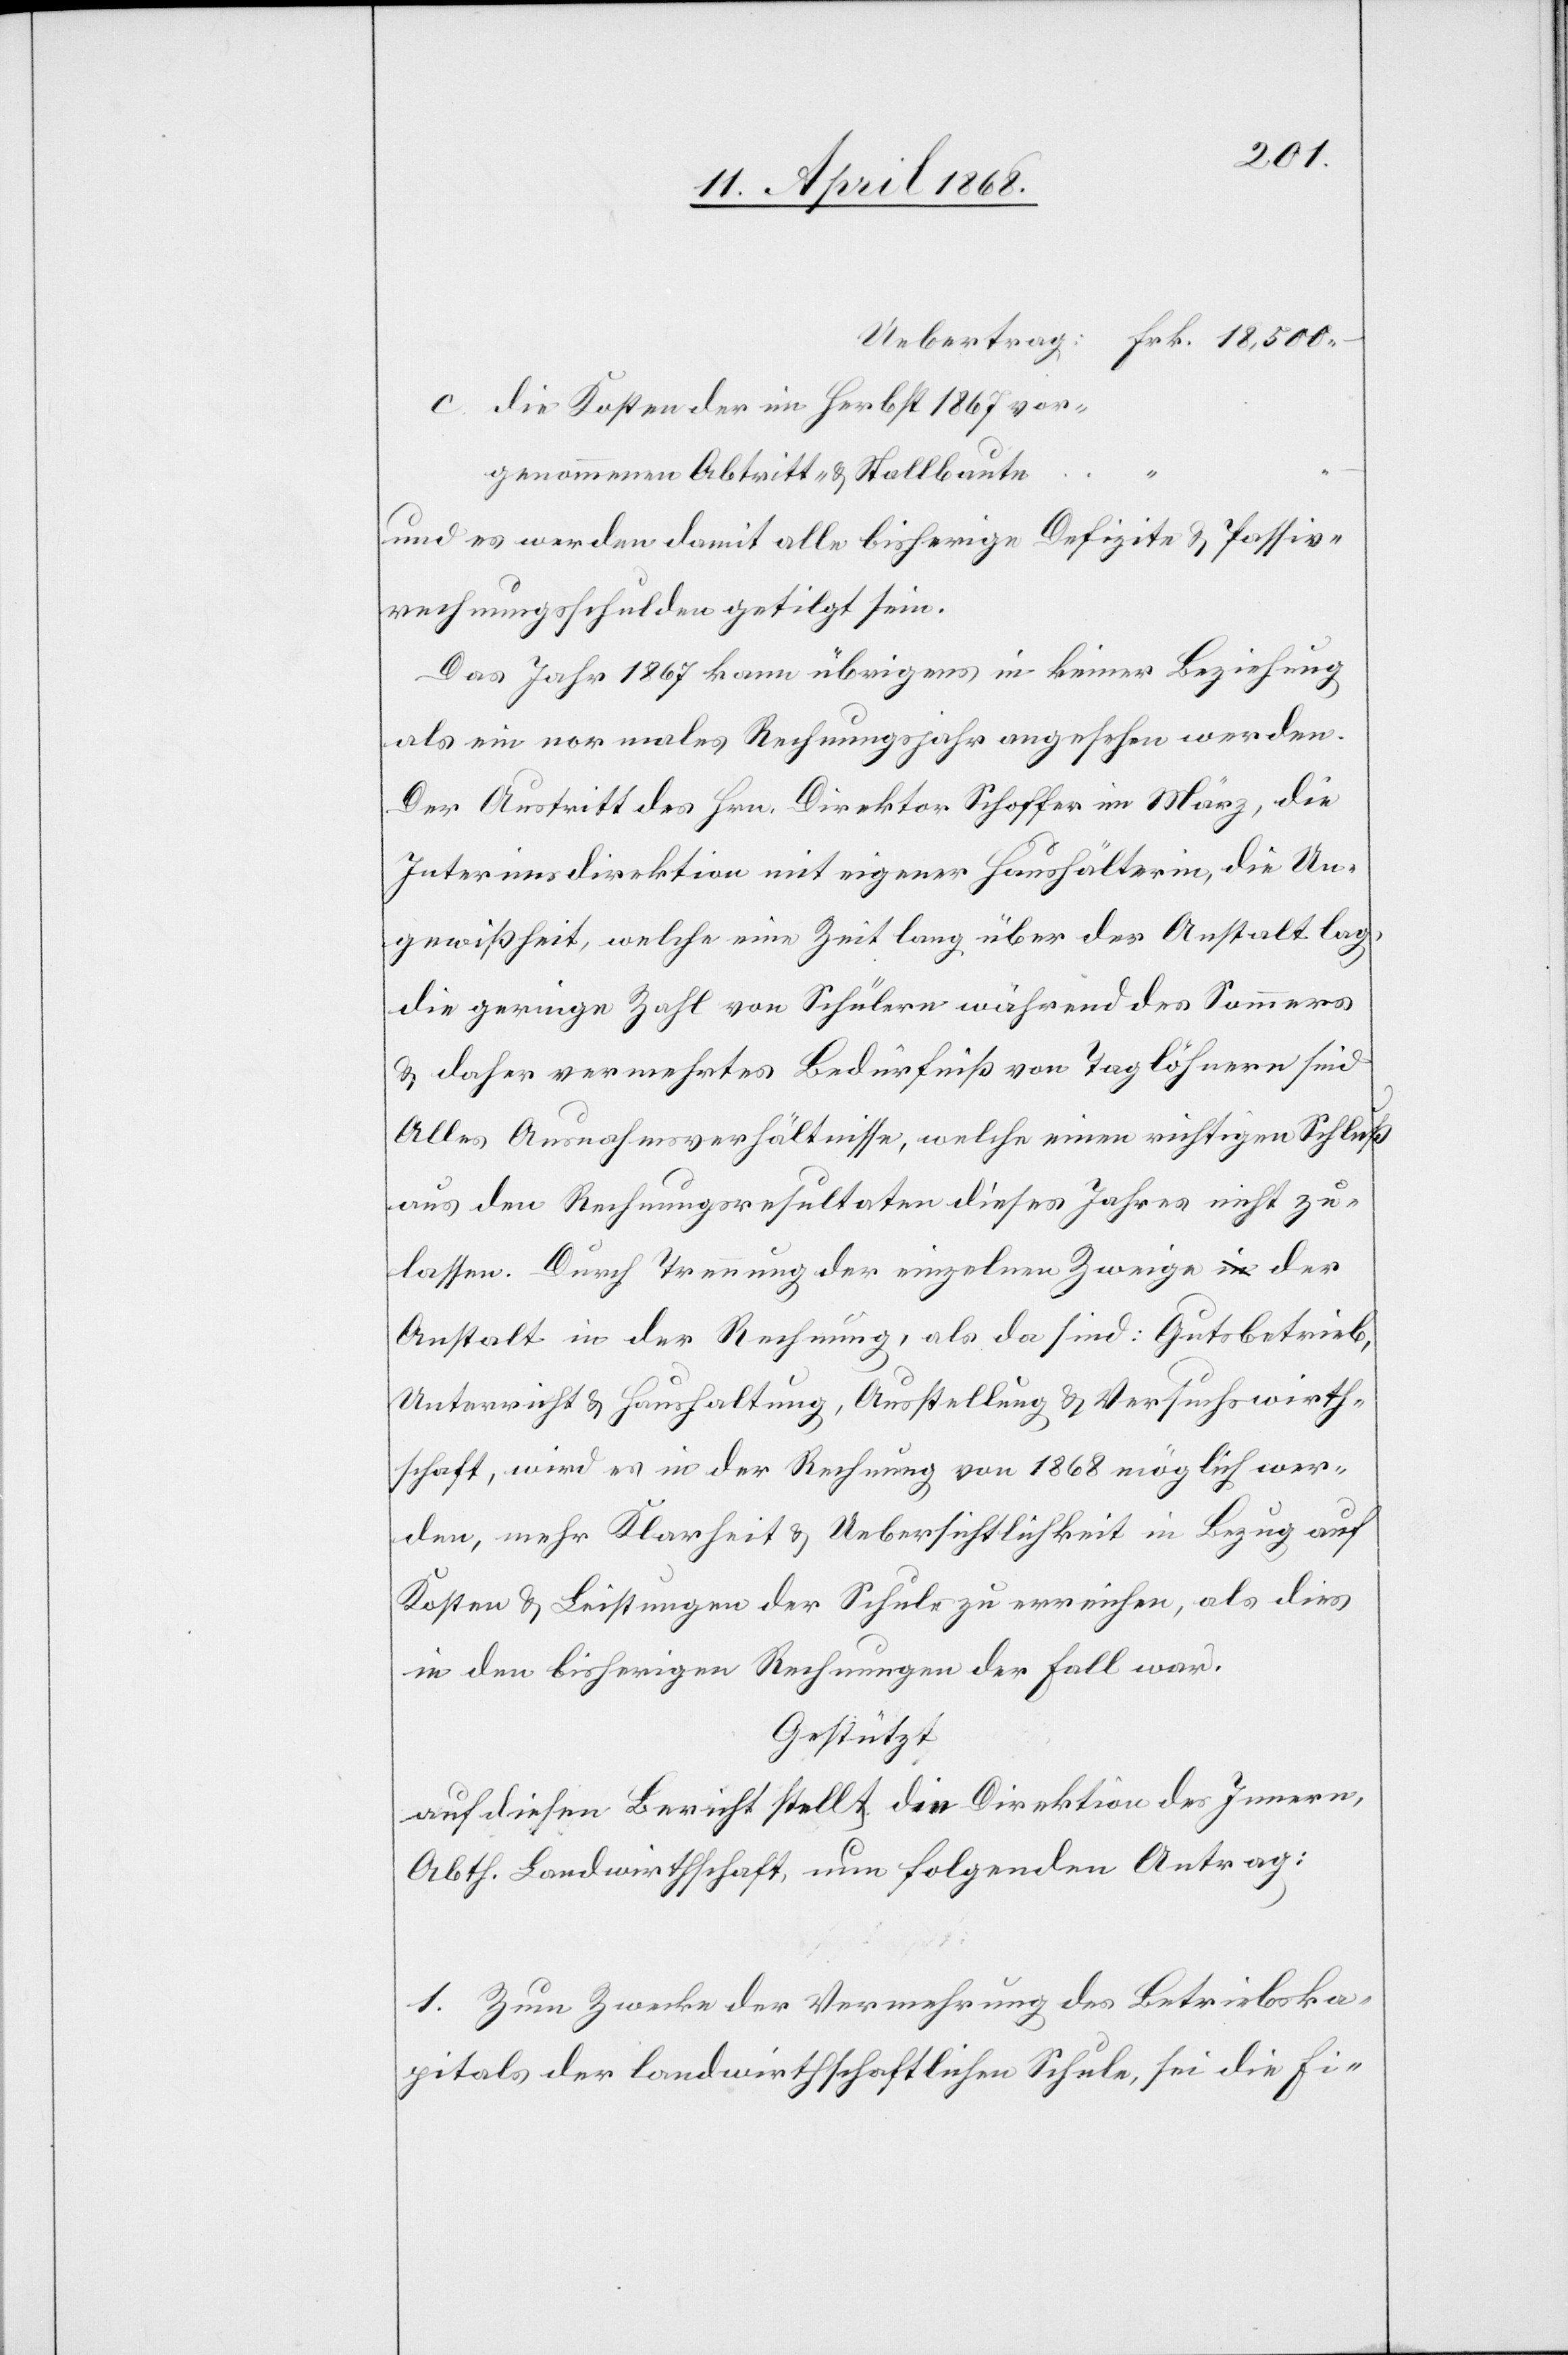
die Kosten der im Herbst 1867 vor¬
genommenen Abtritt- & Stallbaute
und es werden damit alle bisherige Defizite & Passiv¬
rechnungsschulden getilgt sein.
Das Jahr 1867 kann übrigens in keiner Beziehung
als ein normales Rechnungsjahr angesehen werden.
Der Austritt des Hrn. Direktor Schoffer im März, die
Interimsdirektion mit eigener Haushälterin, die Un¬
gewißheit, welche eine Zeit lang über der Anstalt lag,
die geringe Zahl von Schülern während des Sommers
& daher vermehrtes Bedürfniß von Taglöhnern sind
Alles Ausnahmsverhältnisse, welche einen richtigen Schluß
aus den Rechnungsresultaten dieses Jahres nicht zu¬
lassen. Durch Trennung der einzelnen Zweige der
Anstalt in der Rechnung, als da sind: Gutsbetrieb,
Unterricht & Haushaltung, Ausstellung & Versuchswirth¬
schaft, wird es in der Rechnung von 1868 möglich wer¬
den, mehr Klarheit & Uebersichtlichkeit in Bezug auf
Kosten & Leistungen der Schule zu erreichen, als dies
in den bisherigen Rechnungen der Fall war.
Gestützt
auf diesen Bericht stellt die Direktion des Innern,
Abth. Landwirthschaft, nun folgenden Antrag:
1. Zum Zwecke der Vermehrung des Betriebska¬
pitals der landwirthschaftlichen Schule, sei die Fi-